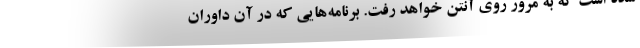
شده است که به مرور روی آنتن خواهد رفت. برنامه‌هایی که در آن داوران